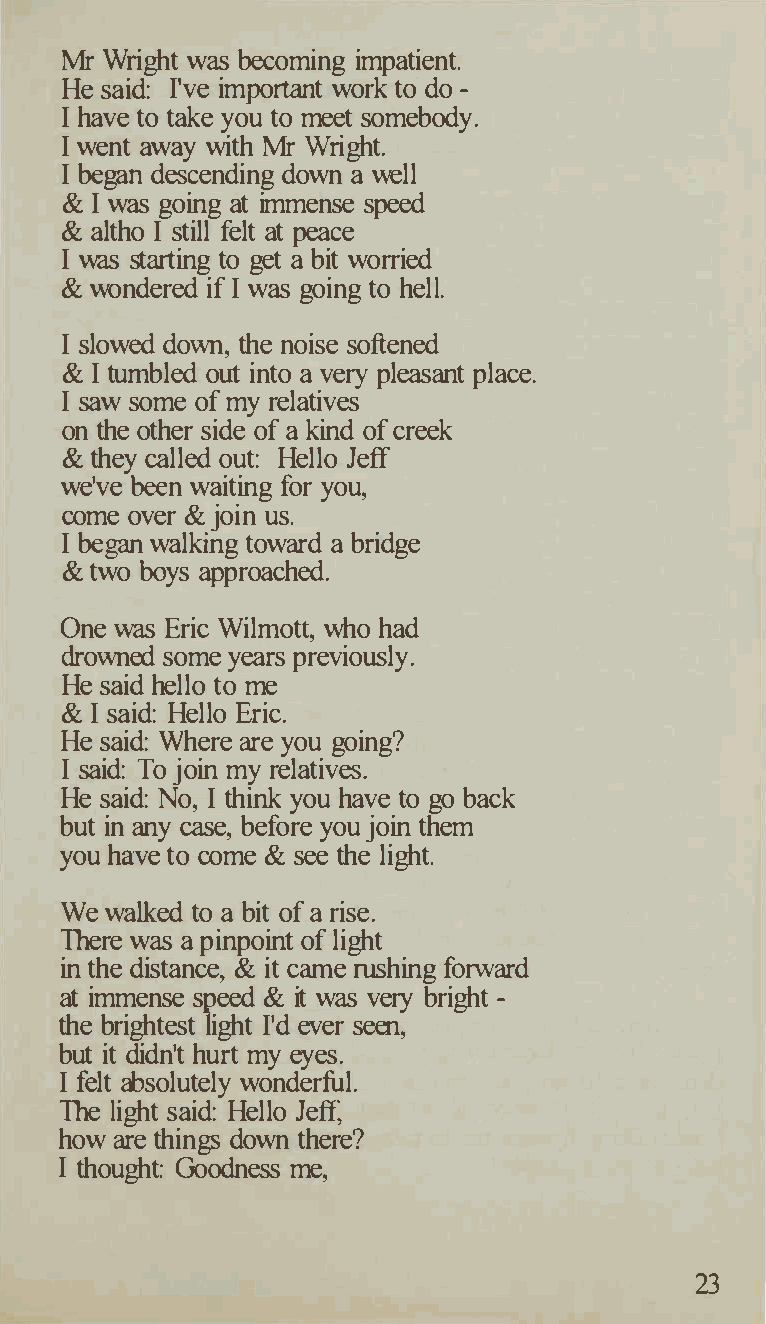
Mr Wright was becoming impatient.
 He said: I've important work to do -
 I have to take you to meet somebody.
 I went away with Mr Wright.
 I began descending down a well
 & I was going at immense speed
 & altho I still felt at peace
 I was starting to get a bit worried
 & wondered if I was going to hell.
 I slowed down, the noise softened
 & I tumbled out into a very pleasant place.
 I saw some of my relatives
 on the other side of a kind of creek
 & they called out: Hello Jeff
 we've been waiting for you,
 come over & join us.
 I began walking toward a bridge
 & two boys approached.
 One was Eric Wilmott, who had
 drowned some years previously.
 He said hello to me
 & I said: Hello Eric.
 He said: Where are you going?
 I said: To join my relatives.
 He said: No, I think you have to go back
 but in any case, before you join them
 you have to come & see the light.
 We walked to a bit of a rise.
 There was a pinpoint of light
 in the distance, & it crune rushing forward
 at immense speed & it was very bright -
 the brightest light I'd ever seen,
 but it didn't hurt my eyes.
 I felt absolutely wonderful.
 The light said: Hello Jeff,
 how are things down there?
 I thought: Goodness me,
 23